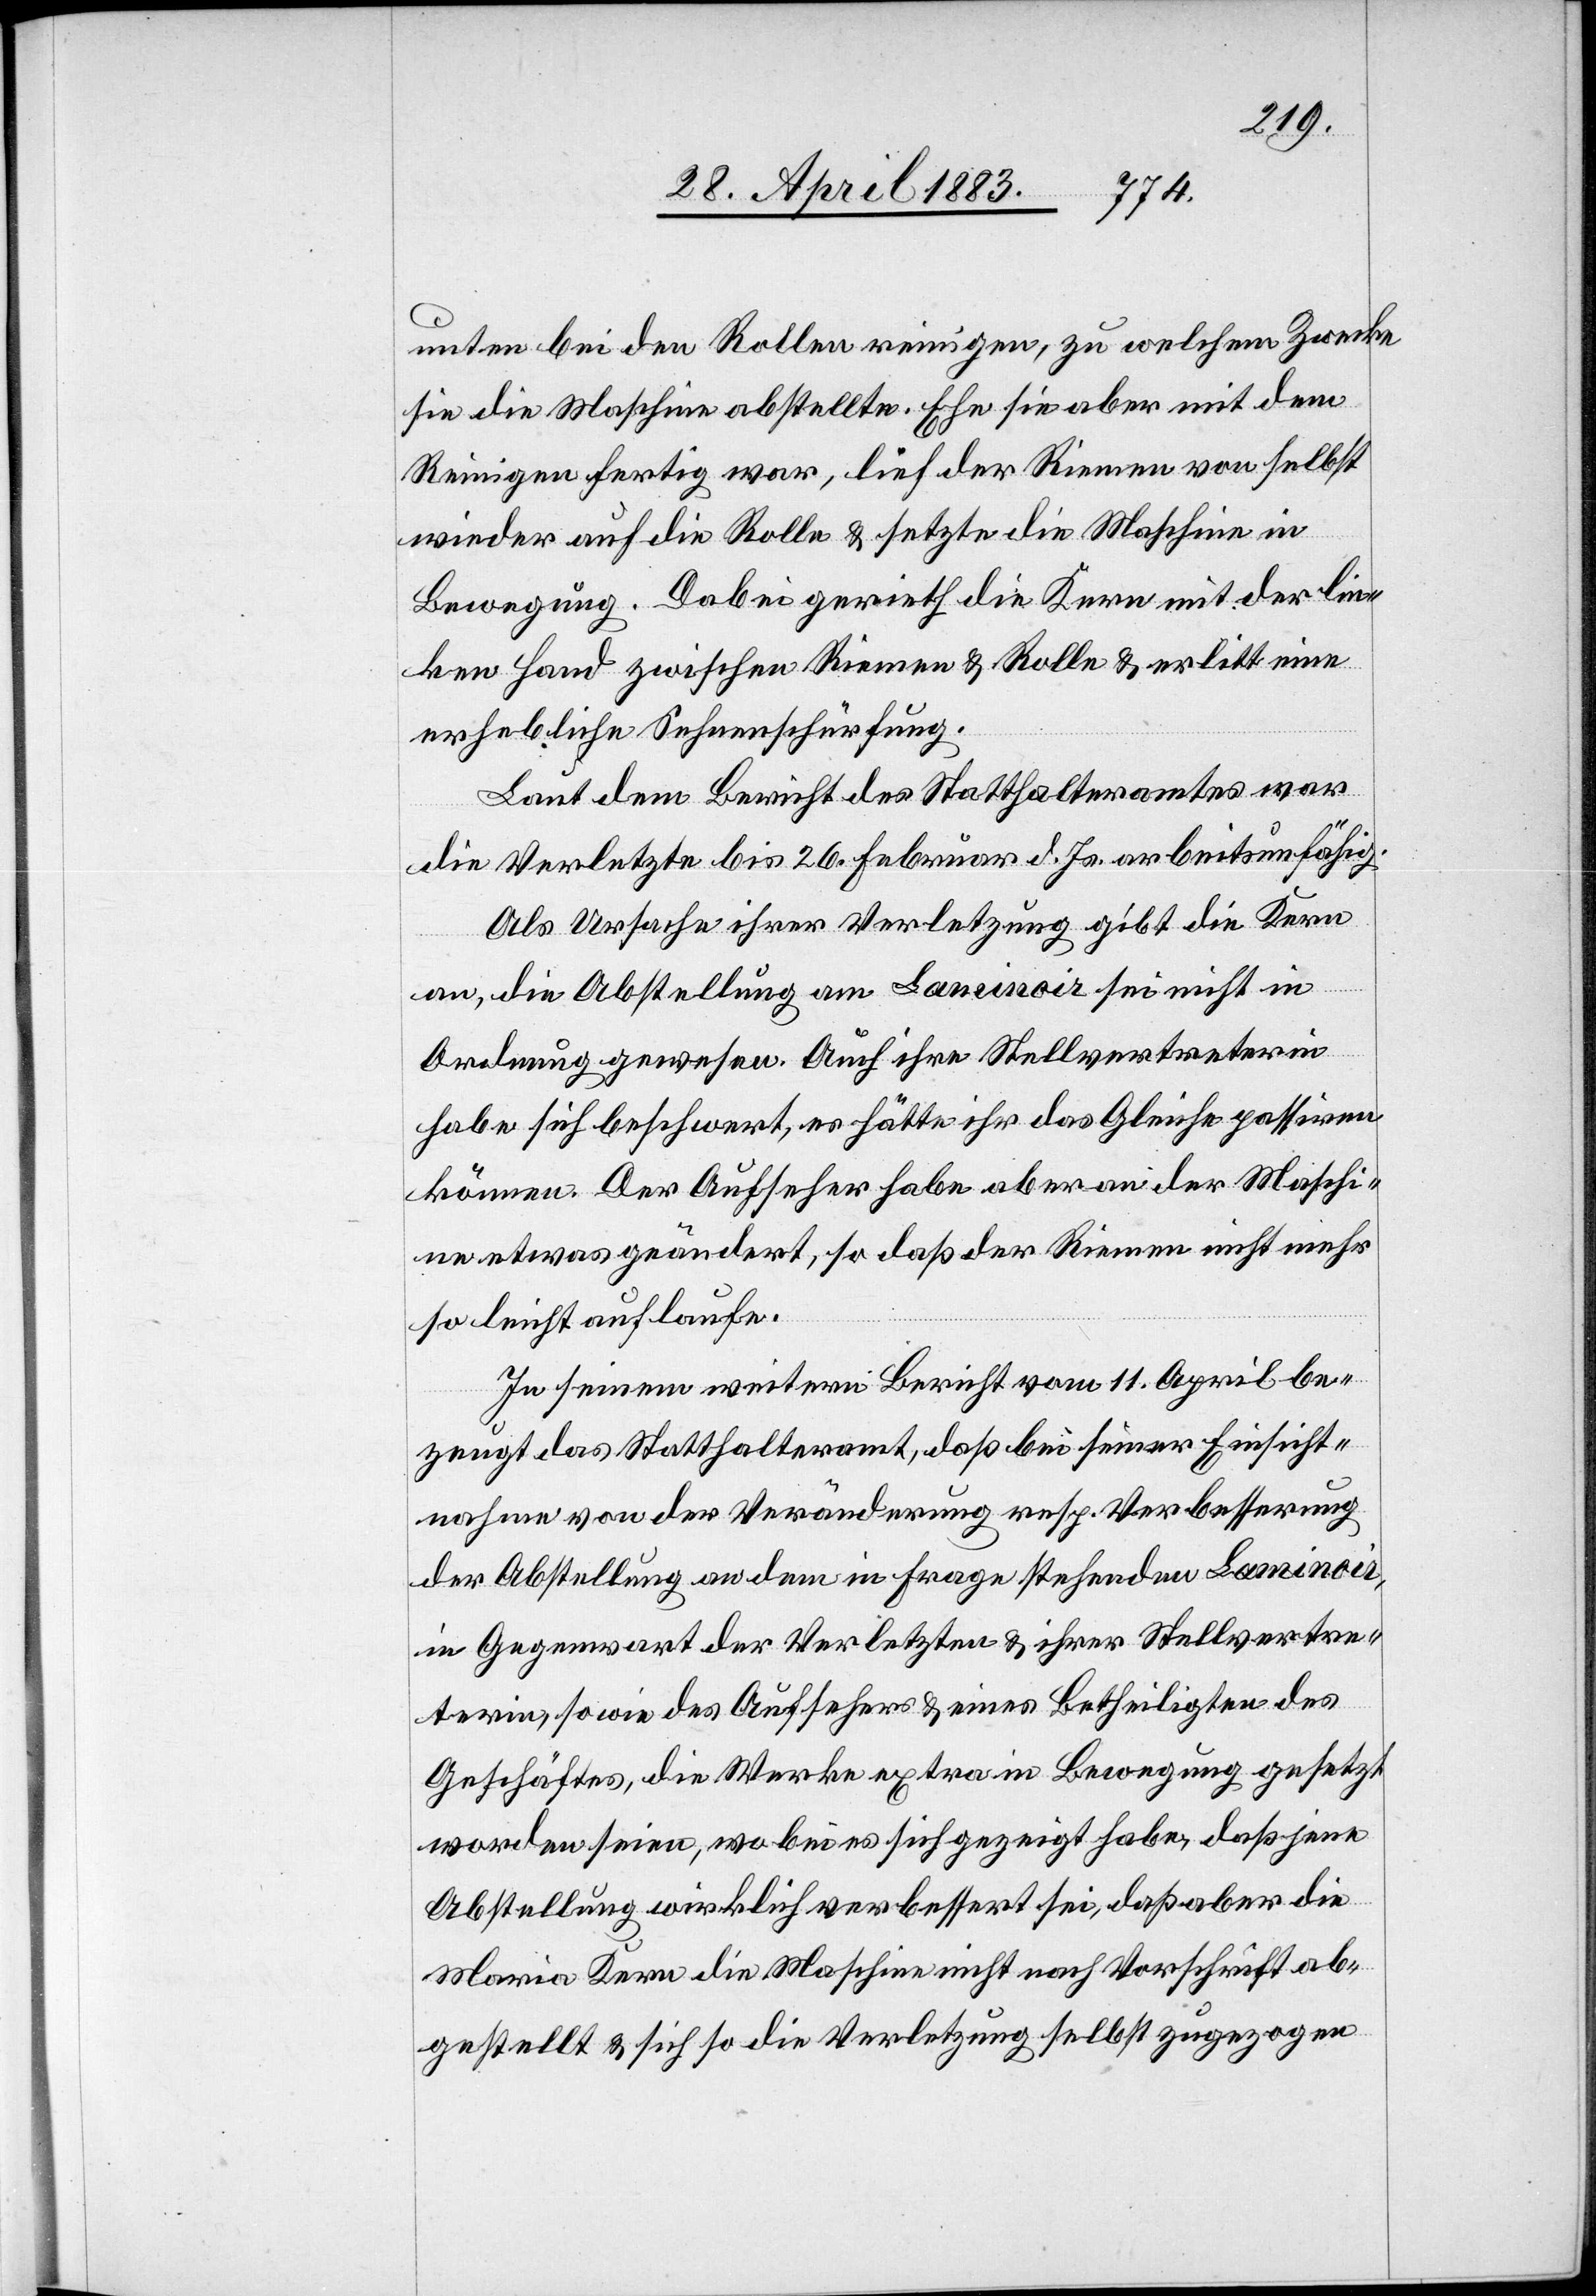
unten bei den Rollen reinigen, zu welchem Zwecke
sie die Maschine abstellte. Ehe sie aber mit dem
Reinigen fertig war, lief der Riemen von selbst
wieder auf die Rolle & setzte die Maschine in
Bewegung. Dabei gerieth die Kern mit der lin¬
ken Hand zwischen Riemen & Rolle & erlitt eine
erhebliche Sehnenschürfung.
Laut dem Bericht des Statthalteramtes war
die Verletzte bis 26. Februar d. Js. arbeitsunfähig.
Als Ursache ihrer Verletzung gibt die Kern
an, die Abstellung am Laminoir sei nicht in
Ordnung gewesen. Auch ihre Stellvertreterin
habe sich beschwert, es hätte ihr das Gleiche passiren
können. Der Aufseher habe aber an der Maschi¬
ne etwas geändert, so daß der Riemen nicht mehr
so leicht auflaufe.
In seinem weitern Bericht vom 11. April be¬
zeugt das Statthalteramt, daß bei seiner Einsicht¬
nahme von der Veränderung resp. Verbesserung
der Abstellung an dem in Frage stehenden Laminoir,
in Gegenwart der Verletzten & eines Betheiligten
Geschäftes, die Werke extra in Bewegung gesetzt
worden seien, wobei es sich gezeigt habe, daß jene
Abstellung wirklich verbessert sei, daß aber die
Maria Kern die Maschine nicht nach Vorschrift ab¬
gestellt & sich so die Verletzung selbst zugezogen